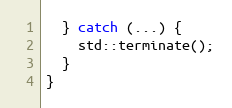
Language: C++
  } catch (...) {
    std::terminate();
  }
}